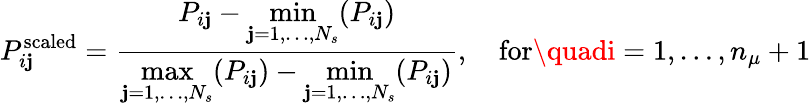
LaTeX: P_{i\mathbf{j}}^{\mathrm{{scaled}}}=\frac{{P_{i\mathbf{j}}-\underset{\mathbf{j}=1,\ldots,N_{s}}{\operatorname*{min}}(P_{i\mathbf{j}})}}{{\underset{\mathbf{j}=1,\ldots,N_{s}}{\operatorname*{max}}(P_{i\mathbf{j}})-\underset{\mathbf{j}=1,\ldots,N_{s}}{\operatorname*{min}}(P_{i\mathbf{j}})}},\quad\mathrm{{for}}\quadi=1,\ldots,n_{\mu}+1